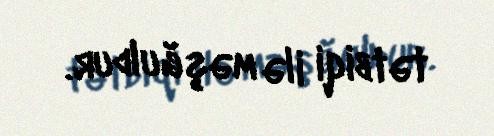
tətbiqi ilə məşğuldur.